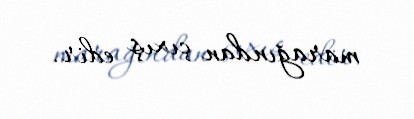
marağından çıxış edir.